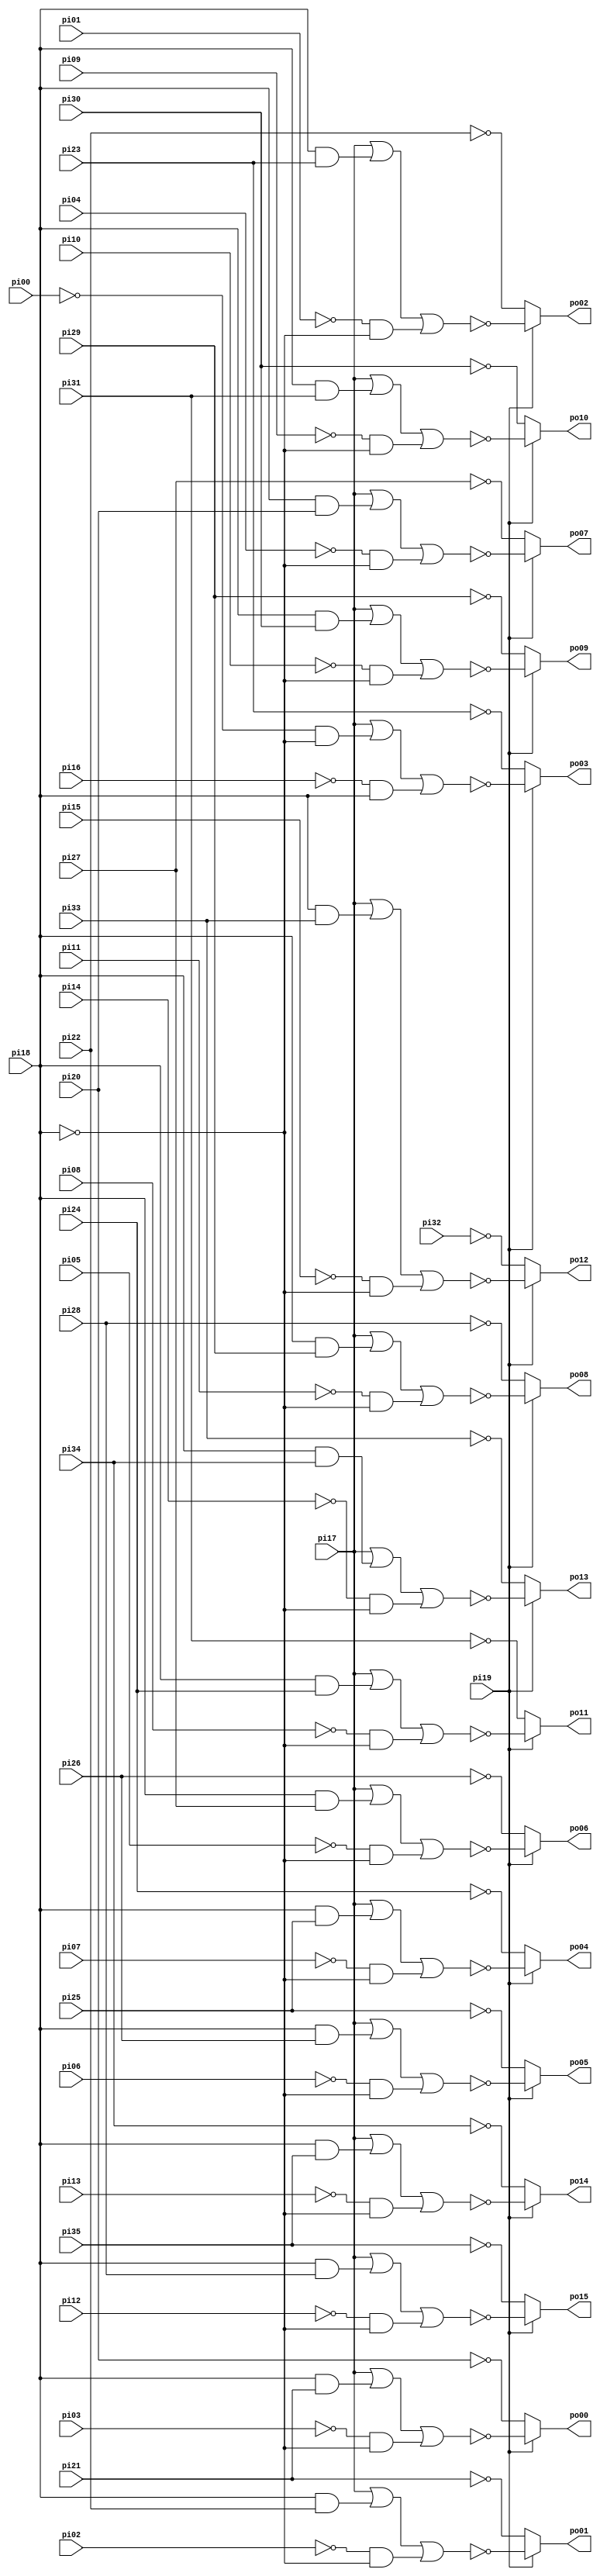
// Benchmark "unreg" written by ABC on Thu Mar 19 13:02:36 2020

module unreg ( 
    pi00, pi01, pi02, pi03, pi04, pi05, pi06, pi07, pi08, pi09, pi10, pi11,
    pi12, pi13, pi14, pi15, pi16, pi17, pi18, pi19, pi20, pi21, pi22, pi23,
    pi24, pi25, pi26, pi27, pi28, pi29, pi30, pi31, pi32, pi33, pi34, pi35,
    po00, po01, po02, po03, po04, po05, po06, po07, po08, po09, po10, po11,
    po12, po13, po14, po15  );
  input  pi00, pi01, pi02, pi03, pi04, pi05, pi06, pi07, pi08, pi09,
    pi10, pi11, pi12, pi13, pi14, pi15, pi16, pi17, pi18, pi19, pi20, pi21,
    pi22, pi23, pi24, pi25, pi26, pi27, pi28, pi29, pi30, pi31, pi32, pi33,
    pi34, pi35;
  output po00, po01, po02, po03, po04, po05, po06, po07, po08, po09, po10,
    po11, po12, po13, po14, po15;
  wire new_n69_, new_n70_, new_n71_, new_n72_, new_n73_, new_n74_, new_n75_,
    new_n76_, new_n77_, new_n78_, new_n79_, new_n80_, new_n81_, new_n82_,
    new_n83_, new_n84_;
  assign po00 = pi19 ? ~new_n69_ : ~pi20;
  assign po01 = pi19 ? ~new_n70_ : ~pi21;
  assign po02 = pi19 ? ~new_n71_ : ~pi22;
  assign po03 = pi19 ? ~new_n72_ : ~pi23;
  assign po04 = pi19 ? ~new_n73_ : ~pi24;
  assign po05 = pi19 ? ~new_n74_ : ~pi25;
  assign po06 = pi19 ? ~new_n75_ : ~pi26;
  assign po07 = pi19 ? ~new_n76_ : ~pi27;
  assign po08 = pi19 ? ~new_n77_ : ~pi28;
  assign po09 = pi19 ? ~new_n78_ : ~pi29;
  assign po10 = pi19 ? ~new_n79_ : ~pi30;
  assign po11 = pi19 ? ~new_n80_ : ~pi31;
  assign po12 = pi19 ? ~new_n81_ : ~pi32;
  assign po13 = pi19 ? ~new_n82_ : ~pi33;
  assign po14 = pi19 ? ~new_n83_ : ~pi34;
  assign po15 = pi19 ? ~new_n84_ : ~pi35;
  assign new_n69_ = pi17 | (pi18 & pi21) | (~pi03 & ~pi18);
  assign new_n70_ = pi17 | (pi18 & pi22) | (~pi02 & ~pi18);
  assign new_n71_ = pi17 | (pi18 & pi23) | (~pi01 & ~pi18);
  assign new_n72_ = pi17 | (~pi00 & ~pi18) | (~pi16 & pi18);
  assign new_n73_ = pi17 | (pi18 & pi25) | (~pi07 & ~pi18);
  assign new_n74_ = pi17 | (pi18 & pi26) | (~pi06 & ~pi18);
  assign new_n75_ = pi17 | (pi18 & pi27) | (~pi05 & ~pi18);
  assign new_n76_ = pi17 | (pi18 & pi20) | (~pi04 & ~pi18);
  assign new_n77_ = pi17 | (pi18 & pi29) | (~pi11 & ~pi18);
  assign new_n78_ = pi17 | (pi18 & pi30) | (~pi10 & ~pi18);
  assign new_n79_ = pi17 | (pi18 & pi31) | (~pi09 & ~pi18);
  assign new_n80_ = pi17 | (pi18 & pi24) | (~pi08 & ~pi18);
  assign new_n81_ = pi17 | (pi18 & pi33) | (~pi15 & ~pi18);
  assign new_n82_ = pi17 | (pi18 & pi34) | (~pi14 & ~pi18);
  assign new_n83_ = pi17 | (pi18 & pi35) | (~pi13 & ~pi18);
  assign new_n84_ = pi17 | (pi18 & pi28) | (~pi12 & ~pi18);
endmodule